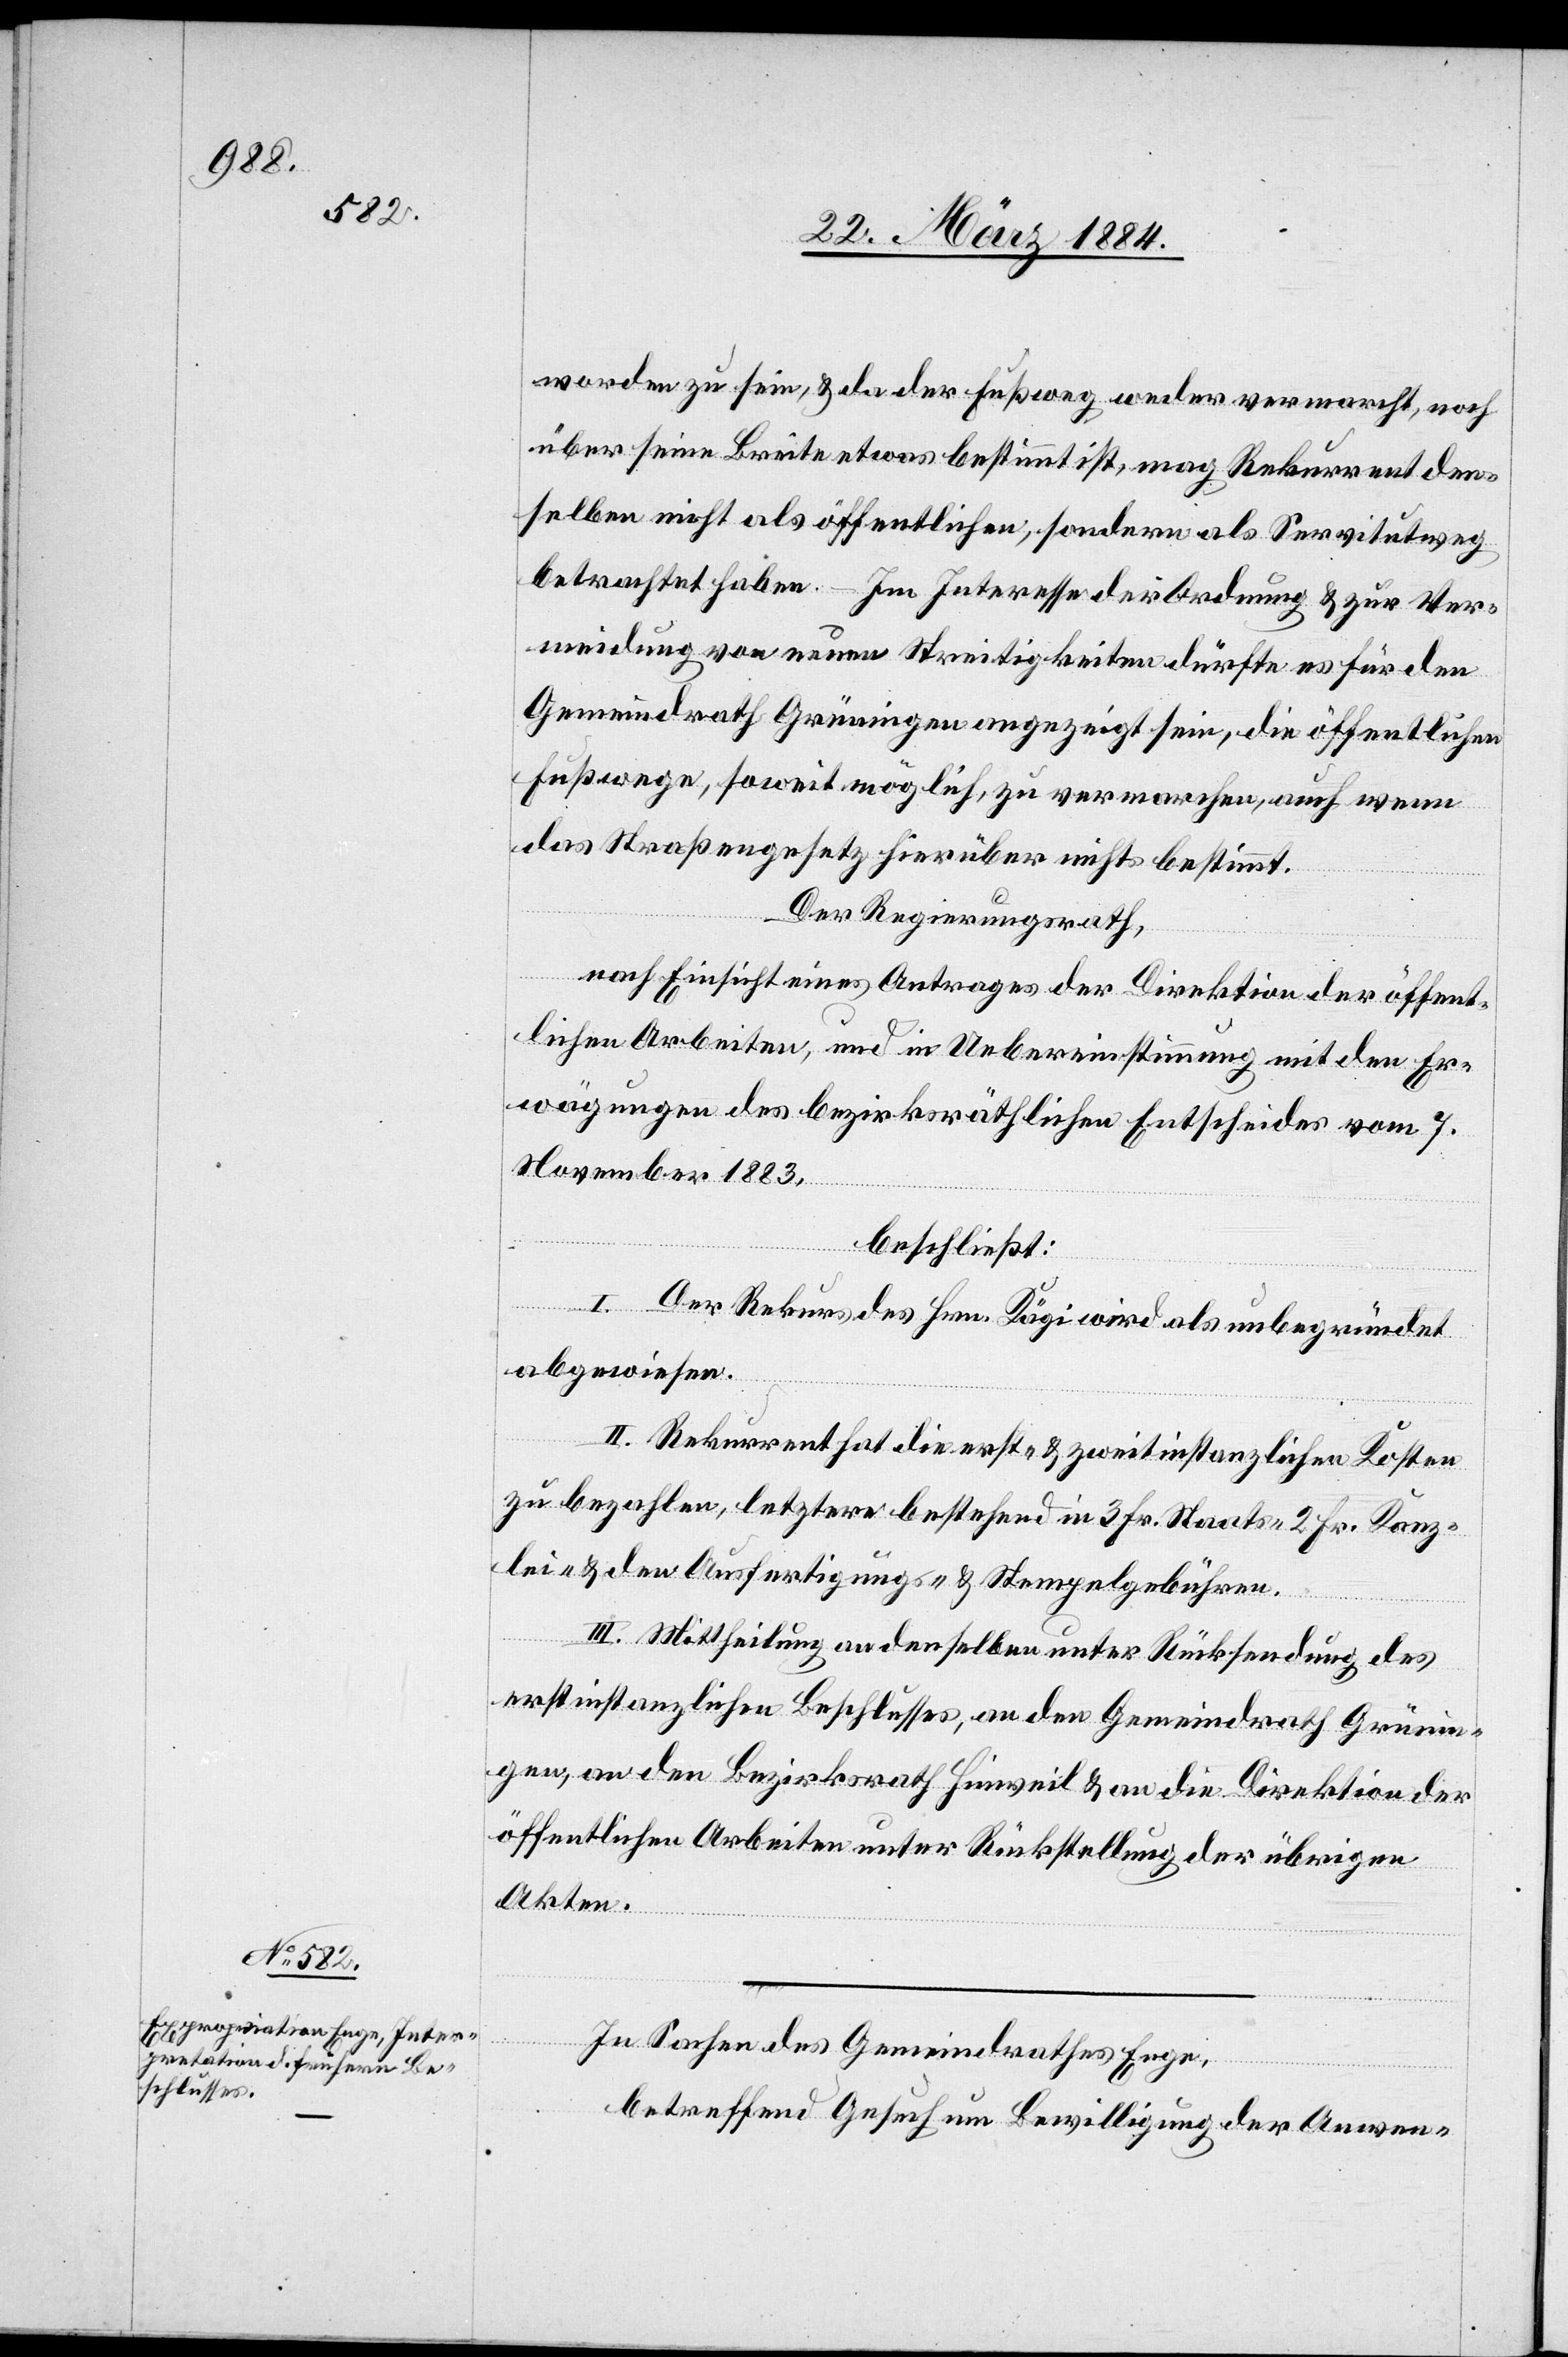
In Sachen des Gemeindrathes Enge,
betreffend Gesuch um Bewilligung der Anwen-